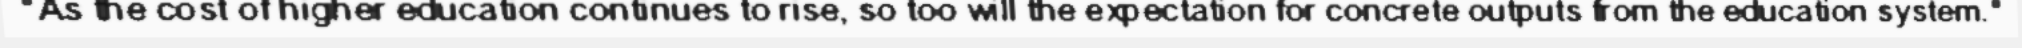
"As the cost of higher education continues to rise, so too will the expectation for concrete outputs from the education system."